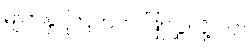
မျက်နှာကြက်က ဖြူလွှလို့ပါပဲ။